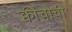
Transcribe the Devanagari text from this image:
क्वीचौची